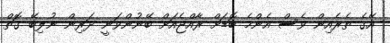
އޭގެ ތެރެއިން ވެސް އެންމެ ބޮޑަށް ރާއްޖެއަށް ބޭނުންވަނީ ދަރިން ނުލިބޭ ގޮތް